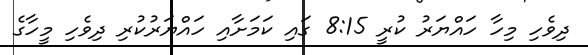
ދިވެހި މިހާ ހައްޔަރު ކުރީ 8:15 ގައި ކަމަށާއި ހައްޔަރުކުރި ދިވެހި މީހާގެ